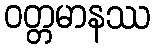
ဝတ္တမာနဿ